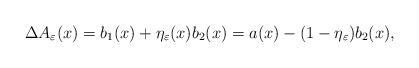
LaTeX: \begin{align*} \Delta A_{\varepsilon}(x) &= b_1(x) + \eta_{\varepsilon}(x)b_2(x) = a(x) - (1-\eta_{\varepsilon})b_2(x),\end{align*}